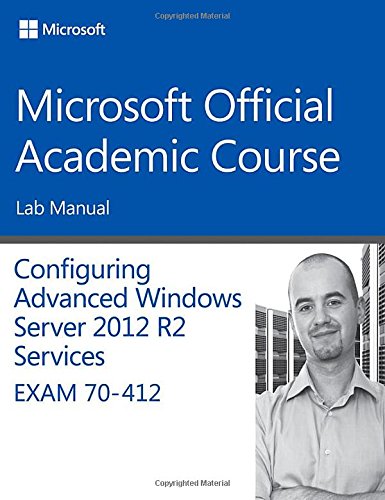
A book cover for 70-412 Configuring Advanced Windows Server 2012 Services R2 Lab Manual (Microsoft Official Academic Course Series); Microsoft Official Academic Course; Computers & Technology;